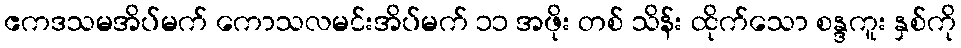
ဧကဒသမအိပ်မက် ကောသလမင်းအိပ်မက် ၁၁ အဖိုး တစ် သိန်း ထိုက်သော စန္ဒကူး နှစ်ကို